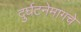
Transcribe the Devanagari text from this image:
दुर्घटनेमागचे